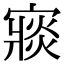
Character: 𡪶